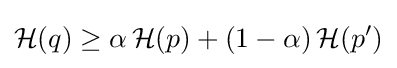
{\mathcal {H}}(q)\geq \alpha \,{\mathcal {H}}(p)+(1-\alpha )\,{\mathcal {H}}(p')